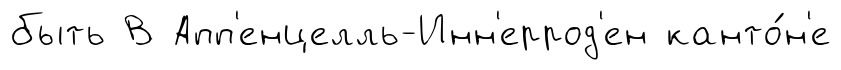
быть В Апп'енцелль-Инн'еррод'ен канто́н'е